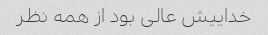
خداییش عالی بود از همه نظر